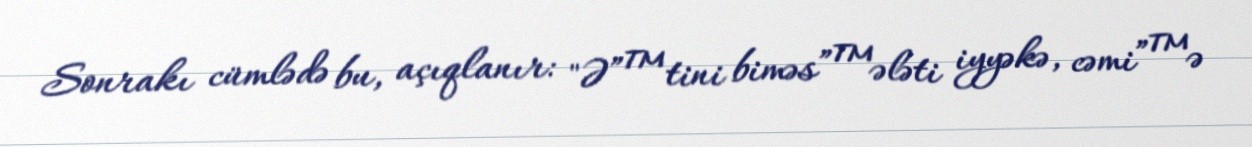
Sonrakı cümlədə bu, açıqlanır: "Ə”™tini biməs”™ələti iyyəkə, cəmi”™ə